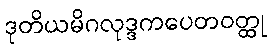
ဒုတိယမိဂလုဒ္ဒကပေတဝတ္ထု